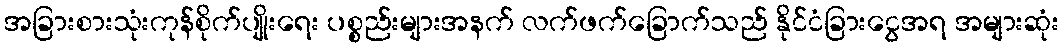
အခြားစားသုံးကုန်စိုက်ပျိုးရေး ပစ္စည်းများအနက် လက်ဖက်ခြောက်သည် နိုင်ငံခြားငွေအရ အများဆုံး